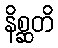
နိစ္ဆတိ